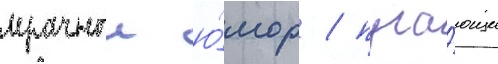
мрачныи ю́мор / пуга́ющие